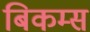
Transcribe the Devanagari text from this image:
बिकम्स